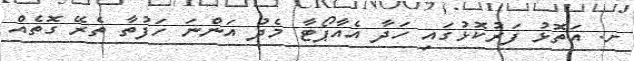
ށ. އަތޮޅު ފަރުކޮޅުގައި ހަދާ އެއާޕޯޓާ މެދު އަންނަ ހަފުތާ ތެރޭ ގޮތެއް